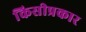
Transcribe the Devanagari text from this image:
किसीप्रकार